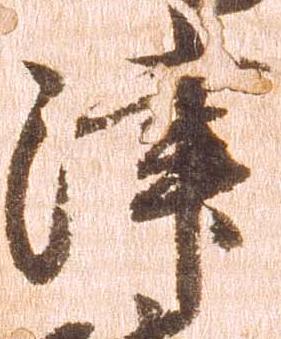
津